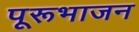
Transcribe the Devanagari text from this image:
पूरूभाजन